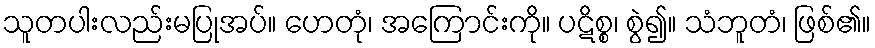
သူတပါးလည်းမပြုအပ်။ ဟေတုံ၊ အကြောင်းကို။ ပဋိစ္စ၊ စွဲ၍။ သံဘူတံ၊ ဖြစ်၏။